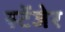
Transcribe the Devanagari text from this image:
स्टेंजेर